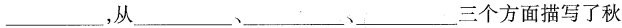
___，从___、___、___三个方面描写了秋